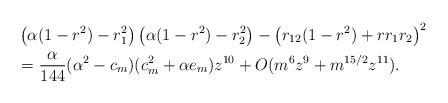
LaTeX: \begin{align*}&\left( \alpha(1-r^{2})-r_{1}^{2} \right)\left( \alpha(1-r^{2})-r_{2}^{2} \right)-\left( r_{12}(1-r^{2})+rr_{1}r_{2}\right)^{2}\\&= \frac{\alpha}{144}(\alpha^{2}-c_{m})(c_{m}^{2}+\alpha e_{m})z^{10}+O(m^{6}z^{9}+m^{15/2}z^{11}).\end{align*}